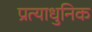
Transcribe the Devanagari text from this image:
प्रत्याधुनिक